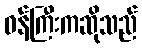
ဝန်ကြီးကဆိုသည်